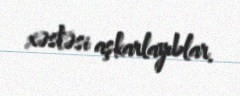
xəstəsi aşkarlayıblar.